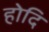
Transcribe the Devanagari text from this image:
होदि